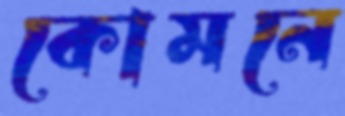
কোমনে